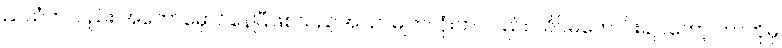
ညယံကလည်း အတော်မှောင်နေပြီဖြစ်သည့်အပြင် မျက်လုံးက လည်း သိပ်မကောင်းချင်တော့ ဘာကိုမှ